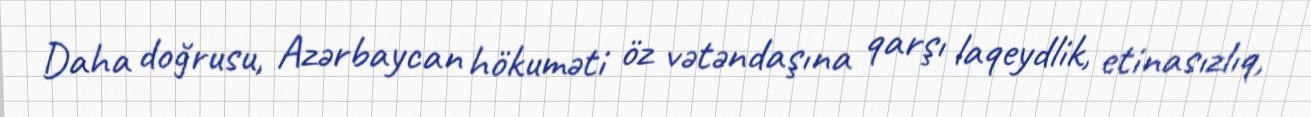
Daha doğrusu, Azərbaycan hökuməti öz vətəndaşına qarşı laqeydlik, etinasızlıq,